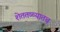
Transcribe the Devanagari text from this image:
शेततळ्यातच